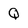
Character: Q